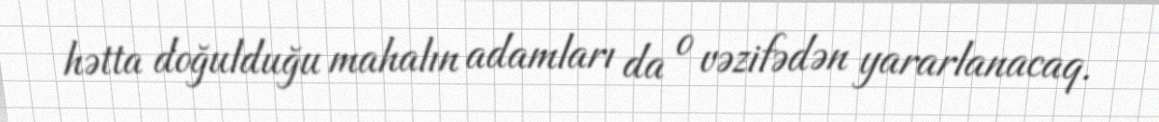
hətta doğulduğu mahalın adamları da o vəzifədən yararlanacaq.